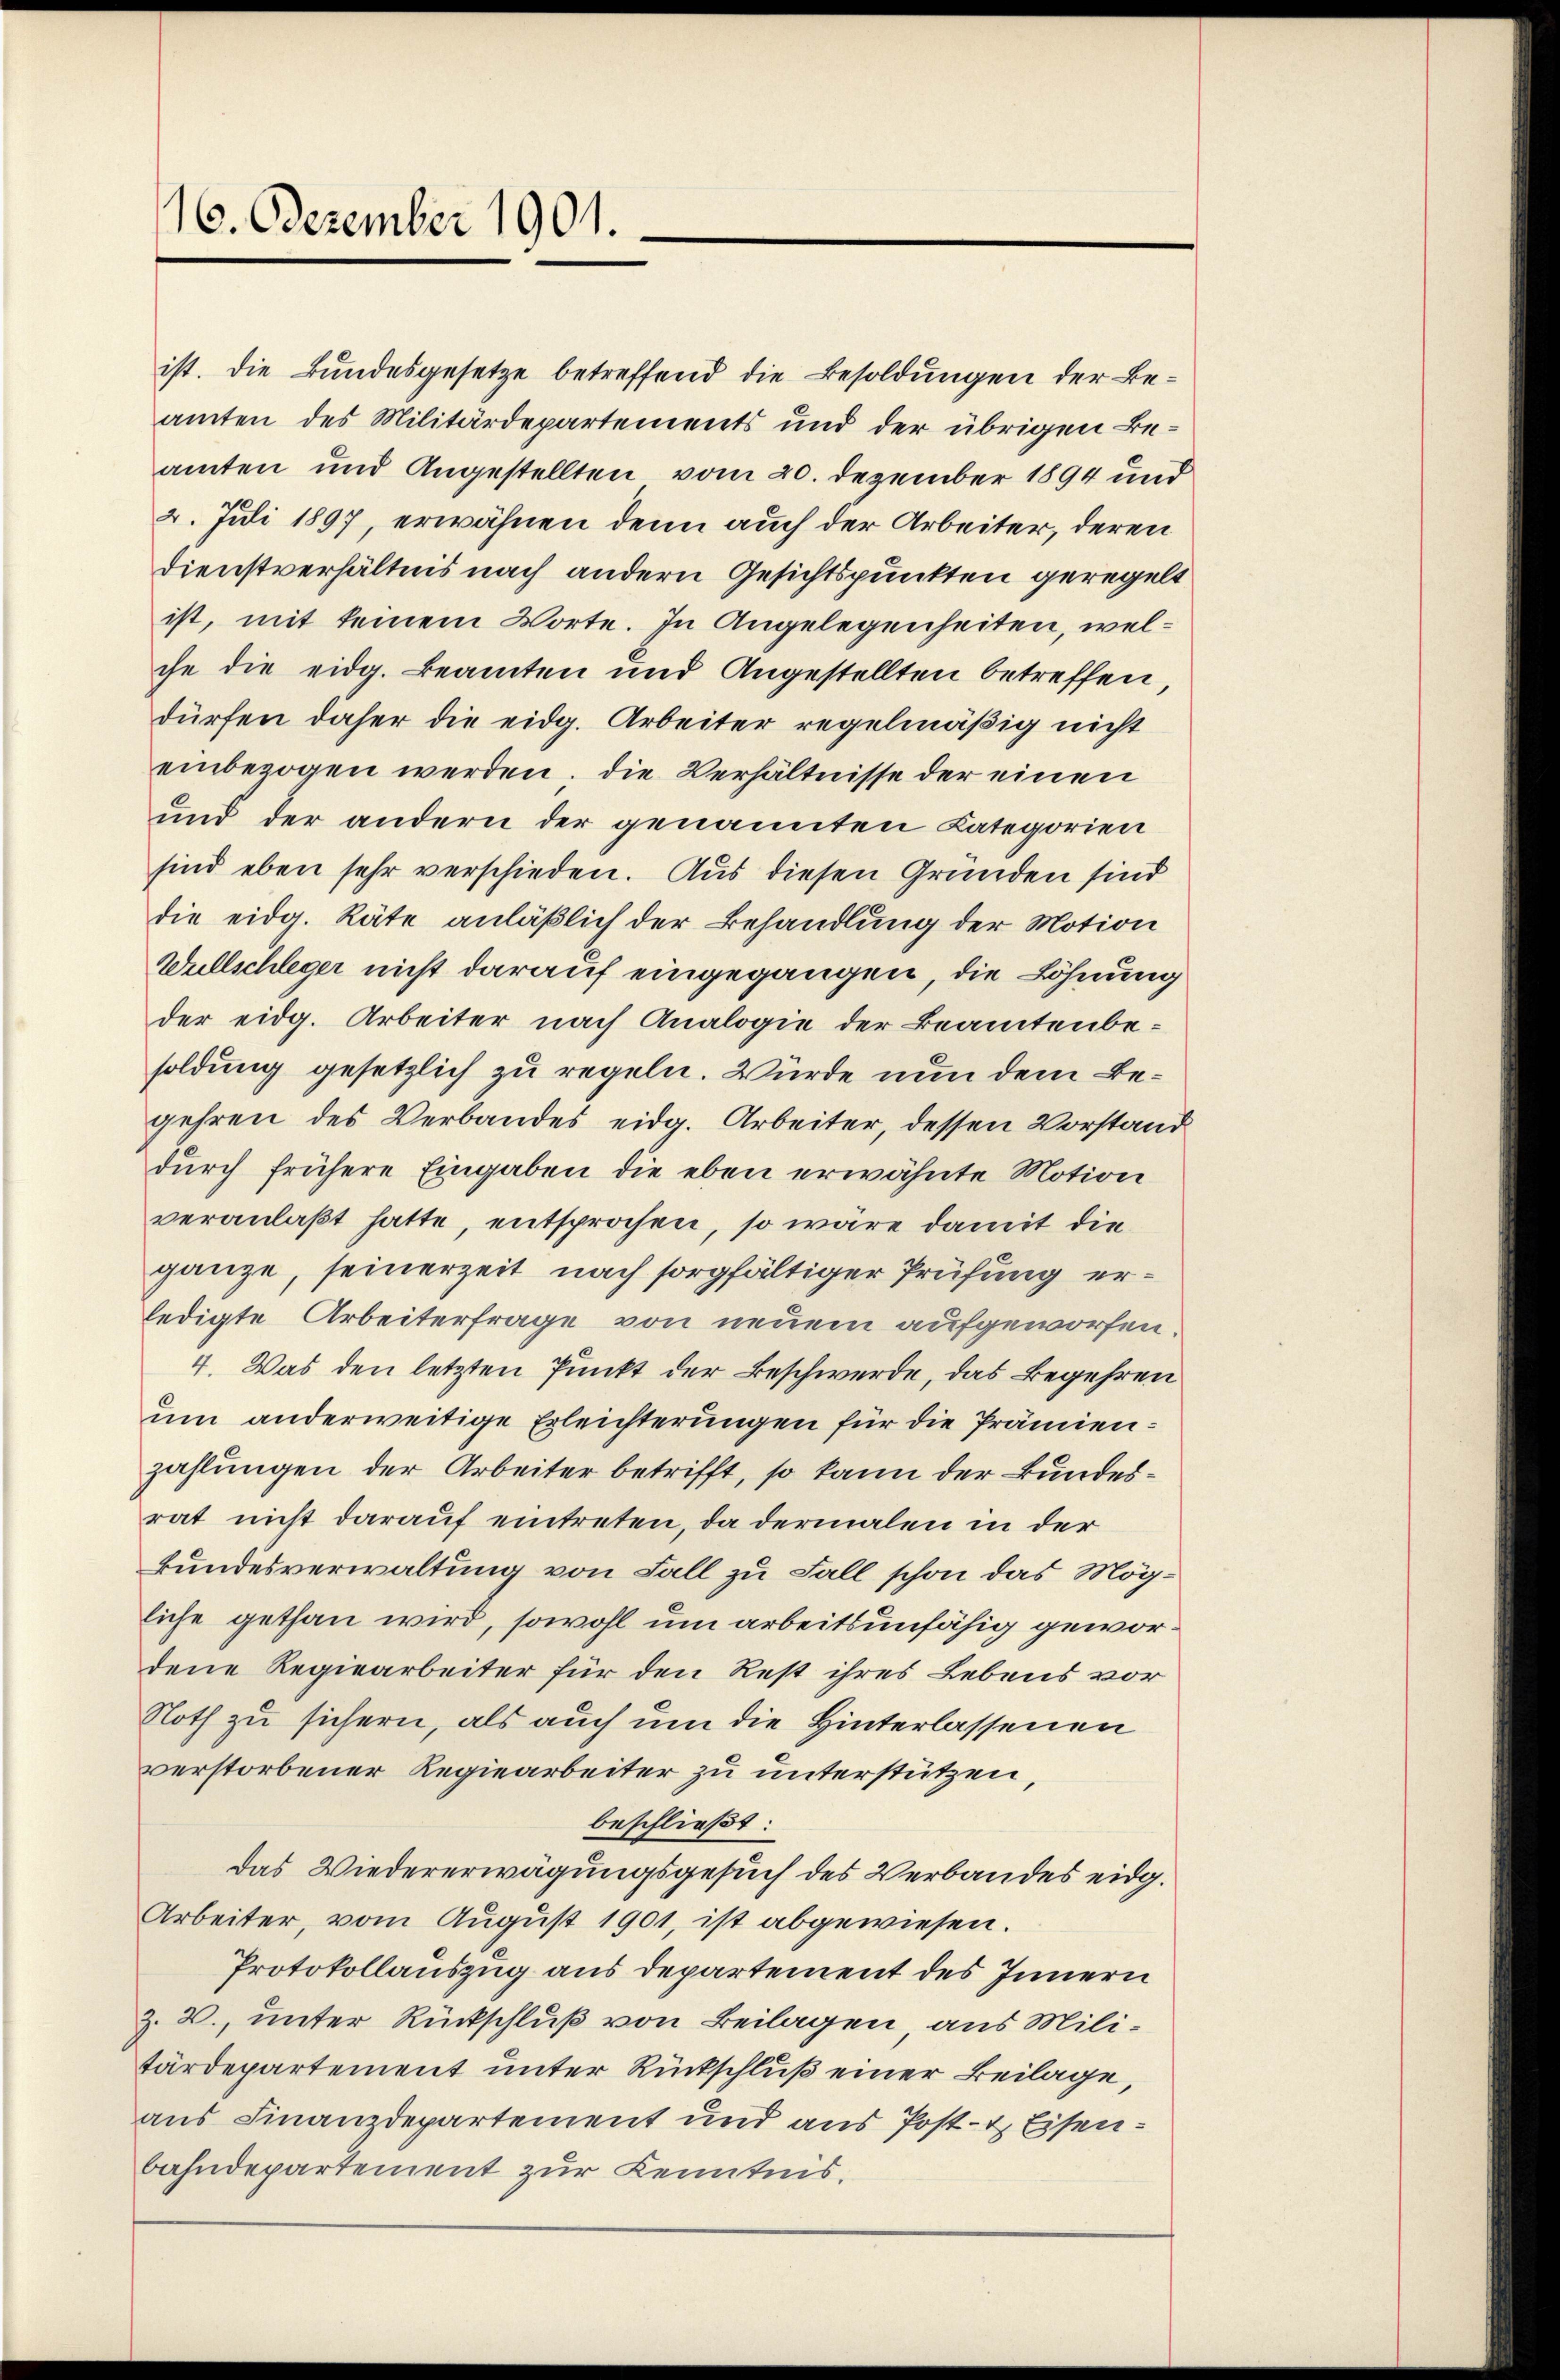
16. Dezember 1901.

ist. Die Bundesgesetze betreffend die Besoldungen der Beamten des Militärdepartements und der übrigen Beamten und Angestellten vom 20. Dezember 1894 und
2. Juli 1897, erwähnen denn auch der Arbeiter, deren
Dienstverhältnis nach andern Gesichtspunkten geregelt
ist, mit keinem Worte. In Angelegenheiten, welche die eidg. Beamten und Angestellten betreffen,
dürfen daher die eidg. Arbeiter regelmäßig nicht
einbezogen werden, die Verhältnisse der einen
und der andern der genannten Kategorien
sind eben sehr verschieden. Aus diesen Gründen sind
die eidg. Räte anläßlich der Behandlung der Motion
Wullschleger nicht darauf eingegangen, die Löhnung
der eidg. Arbeiter nach Analogie der Beamtenbesoldung gesetzlich zu regeln. Würde nun dem Begehren des Verbandes eidg. Arbeiter, dessen Vorstand
durch frühere Eingaben die eben erwähnte Motion
veranlaßt hatte, entsprochen, so wäre damit die
ganze, seinerzeit nach sorgfältiger Prüfung erledigte Arbeiterfrage von neuem aufgeworfen.
4. Was den letzten Punkt der Beschwerde, das Begehren
um anderweitige Erleichterungen für die Prämienzahlungen der Arbeiter betrifft, so kann der Bundesrat nicht darauf eintreten, da dermalen in der
kundesverwaltung von Fall zu Fall schon das Mögliche gethan wird, sowohl um arbeitsunfähig gewordene Regiearbeiter für den Rest ihres Lebens vor
Noth zu sichern, als auch um die Hinterlassenen
verstorbener Regiearbeiter zu unterstützen,
beschließt:
das Wiedererwägungsgesuch des Verbandes eidg.
Arbeiter, vom August 1901, ist abgewiesen.
Protokollauszug aus departement des Innern
Z. W., unter Rückschluß von Beilagen aus Militärdepartement unter Rückschluß einer Beilage,
aus Finanzdepartement und aus Post- & Eisenbahndepartement zur Kenntnis.